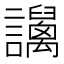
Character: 𧮏